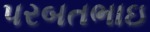
પરબતભાઇ